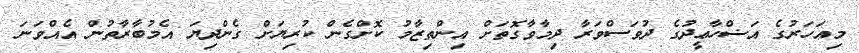
މިއަހަރުގެ އަޟްހާޢީދުގެ ދުވަސްވަރާ ދިމާވާގޮތަށް އިންތިޒާމު ކޮށްގެން ކުރިޔަށް ގެންދިޔަ އެމުބާރާތުން އެއްވަނަ